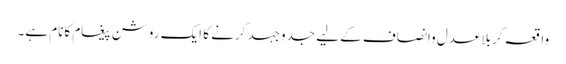
واقعہ کربلاعدل وانصاف کے لیے جدوجہد کرنے کا ایک روشن پیغام کانام ہے۔